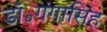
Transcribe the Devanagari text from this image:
डॉ॰गंगासिंह